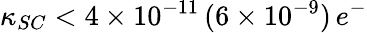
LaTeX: \kappa_{SC}<4\times 10^{-11}\, (6\times 10^{-9})\, e^{-}